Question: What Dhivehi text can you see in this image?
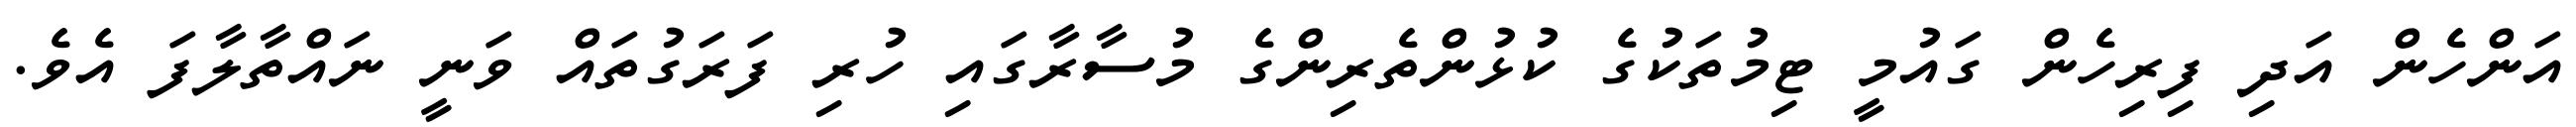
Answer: އަންހެން އަދި ފިރިހެން ގައުމީ ޓިމުތަކުގެ ކުޅުންތެރިންގެ މުސާރާގައި ހުރި ފަރަގުތައް ވަނީ ނައްތާލާފަ އެވެ.